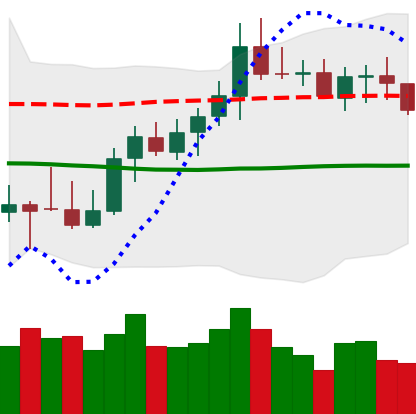
Ticker: XMR-USD
Chart end date: 2021-10-14
Forward return: -4.307%
Label: down_3_5